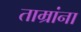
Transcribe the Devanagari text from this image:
ताम्रांना